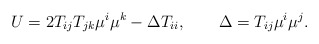
\begin{align*}U=2T_{ij}T_{jk} \mu^i \mu^k -\Delta T_{ii},\qquad\Delta=T_{ij}\mu^i \mu^j.\end{align*}